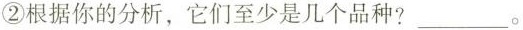
②根据你的分析，它们至少是几个品种?___。